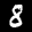
Label: 8